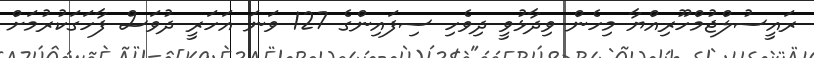
ރައީސުލްޖުމްހޫރިއްޔާ މިހެން ވިދާޅުވީ ދިވެހި ސިފައިންގެ 127 ވަނަ އަހަރީ ދުވަސް ފާހަގަކުރުމަށް